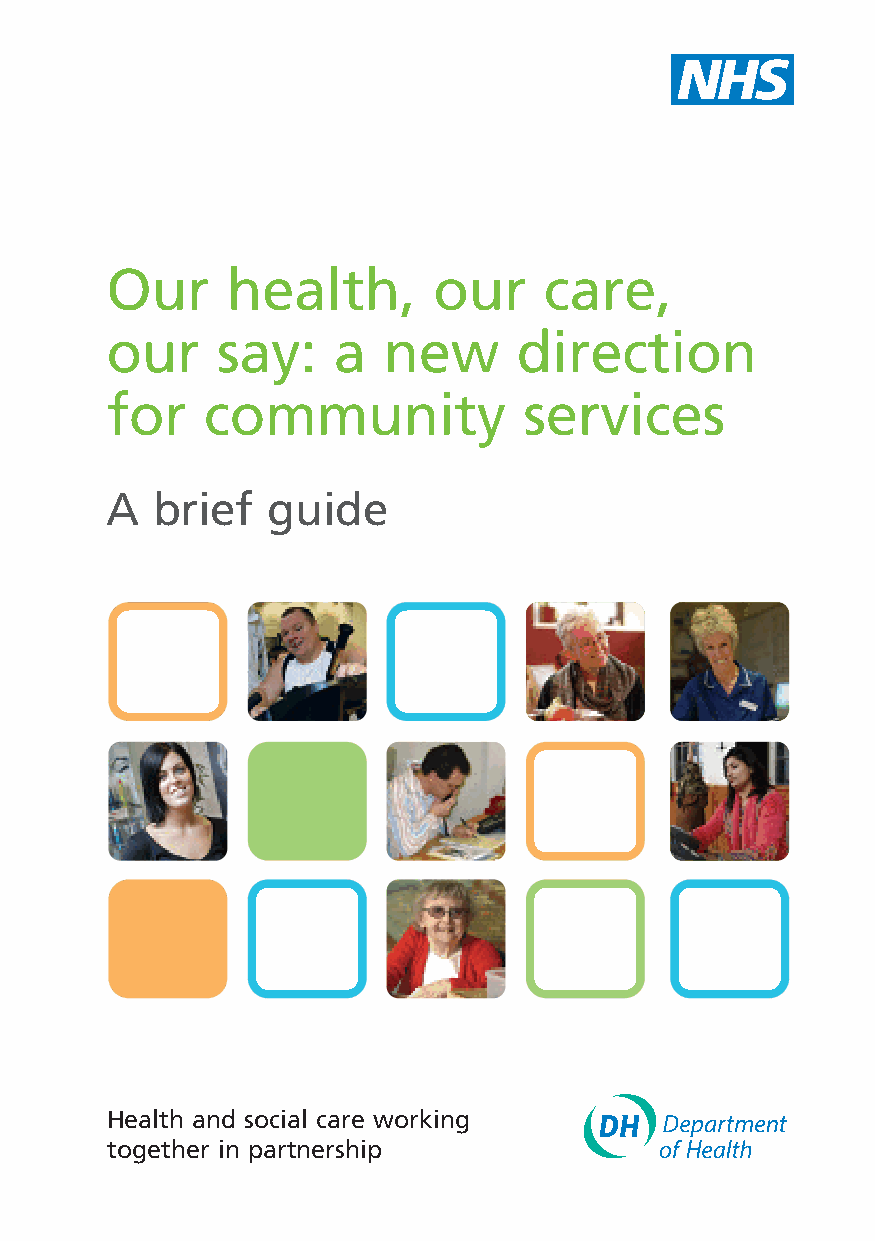
Our     health,       our    care,
 our    say:    a  new      direction
 for   community             services
 A  brief   guide
 Health and social care working
 together in partnership